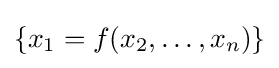
\{x_{1}=f(x_{2},\dots ,x_{n})\}